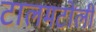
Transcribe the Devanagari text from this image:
टालमटोली